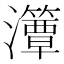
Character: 㶘